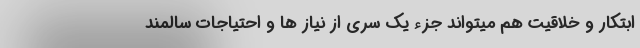
ابتکار و خلاقیت هم میتواند جزء یک سری از نیاز ها و احتیاجات سالمند